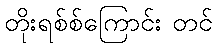
တိုးရစ်စ်ကြောင်း တင်